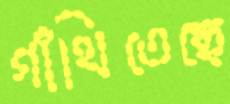
গাঁথিতেছে